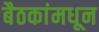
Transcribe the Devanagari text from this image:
बैठकांमधून